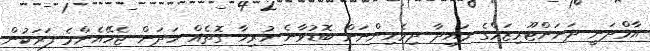
އާމްދަނީ ދަށަށްޓޫރިޒަމްގެ ފައިދާ ދިވެހިންނަށް ބޮޑުވާނެ ހުރިހާ ގޮތެއް ހަދަން ޖެހޭއެންމެ ފަރަކުން